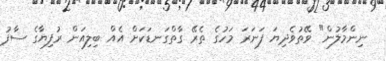
ނިންމާލުން" ވޭތުވެދިޔަ ފަނަރަ މަހުގެ ތެރޭ ގާތްގަނޑަކަށް އެއް ބިލިއަން ރުފިޔާގެ ސާފު